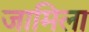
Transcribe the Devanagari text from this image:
जामिला